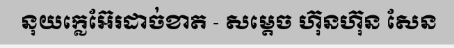
នុយក្លេអ៊ែរដាច់ខាត - សម្តេច ហ៊ុនហ៊ុន សែន